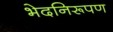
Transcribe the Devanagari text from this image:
भेदनिरूपण